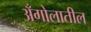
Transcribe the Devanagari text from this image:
अँगोलातील